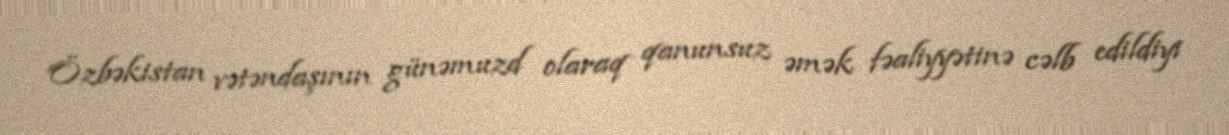
Özbəkistan vətəndaşının günəmuzd olaraq qanunsuz əmək fəaliyyətinə cəlb edildiyi